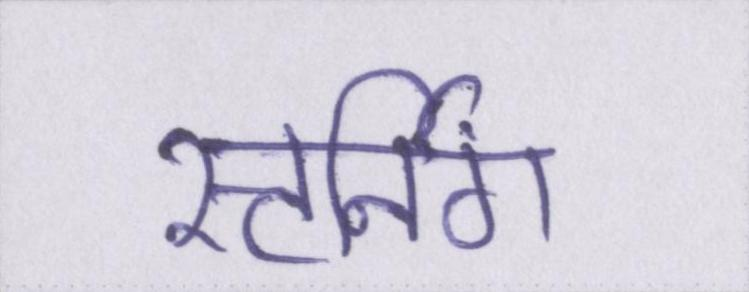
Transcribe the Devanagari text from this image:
स्टर्निंग